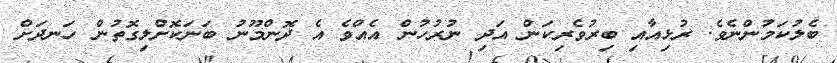
ބެލުކަމުންނެވެ. ރުޅިއާއި ބިރުވެރިކަން އަދި ނުރުހުން އެއްވެ އެ ދޮންމޫނު ބަނަކޮށްލިގޮތުން ހަނދަށް